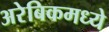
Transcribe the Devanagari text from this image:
अरेबिकमध्ये